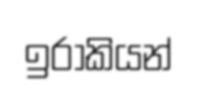
ඉරාකියන්